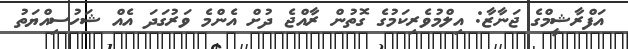
އަފްރާޝީމްގެ ޖަނާޒާ: އިލްމުވެރިކަމުގެ ގޮތުން ރާއްޖެ ދުށް އެންމެ ވަރުގަދަ އެއް ޝަހުސިއްޔަތު